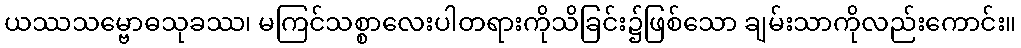
ယဿသမ္ဗောဓသုခဿ၊ မကြင်သစ္စာလေးပါတရားကိုသိခြင်း၌ဖြစ်သော ချမ်းသာကိုလည်းကောင်း။